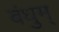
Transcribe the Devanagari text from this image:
बंधुम्